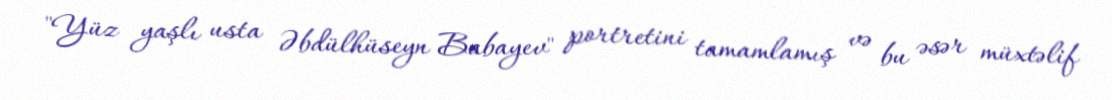
"Yüz yaşlı usta Əbdülhüseyn Babayev" portretini tamamlamış və bu əsər müxtəlif